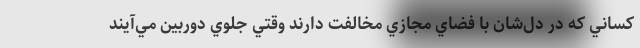
كساني كه در دل‌شان با فضاي مجازي مخالفت دارند وقتي جلوي دوربين مي‌آيند